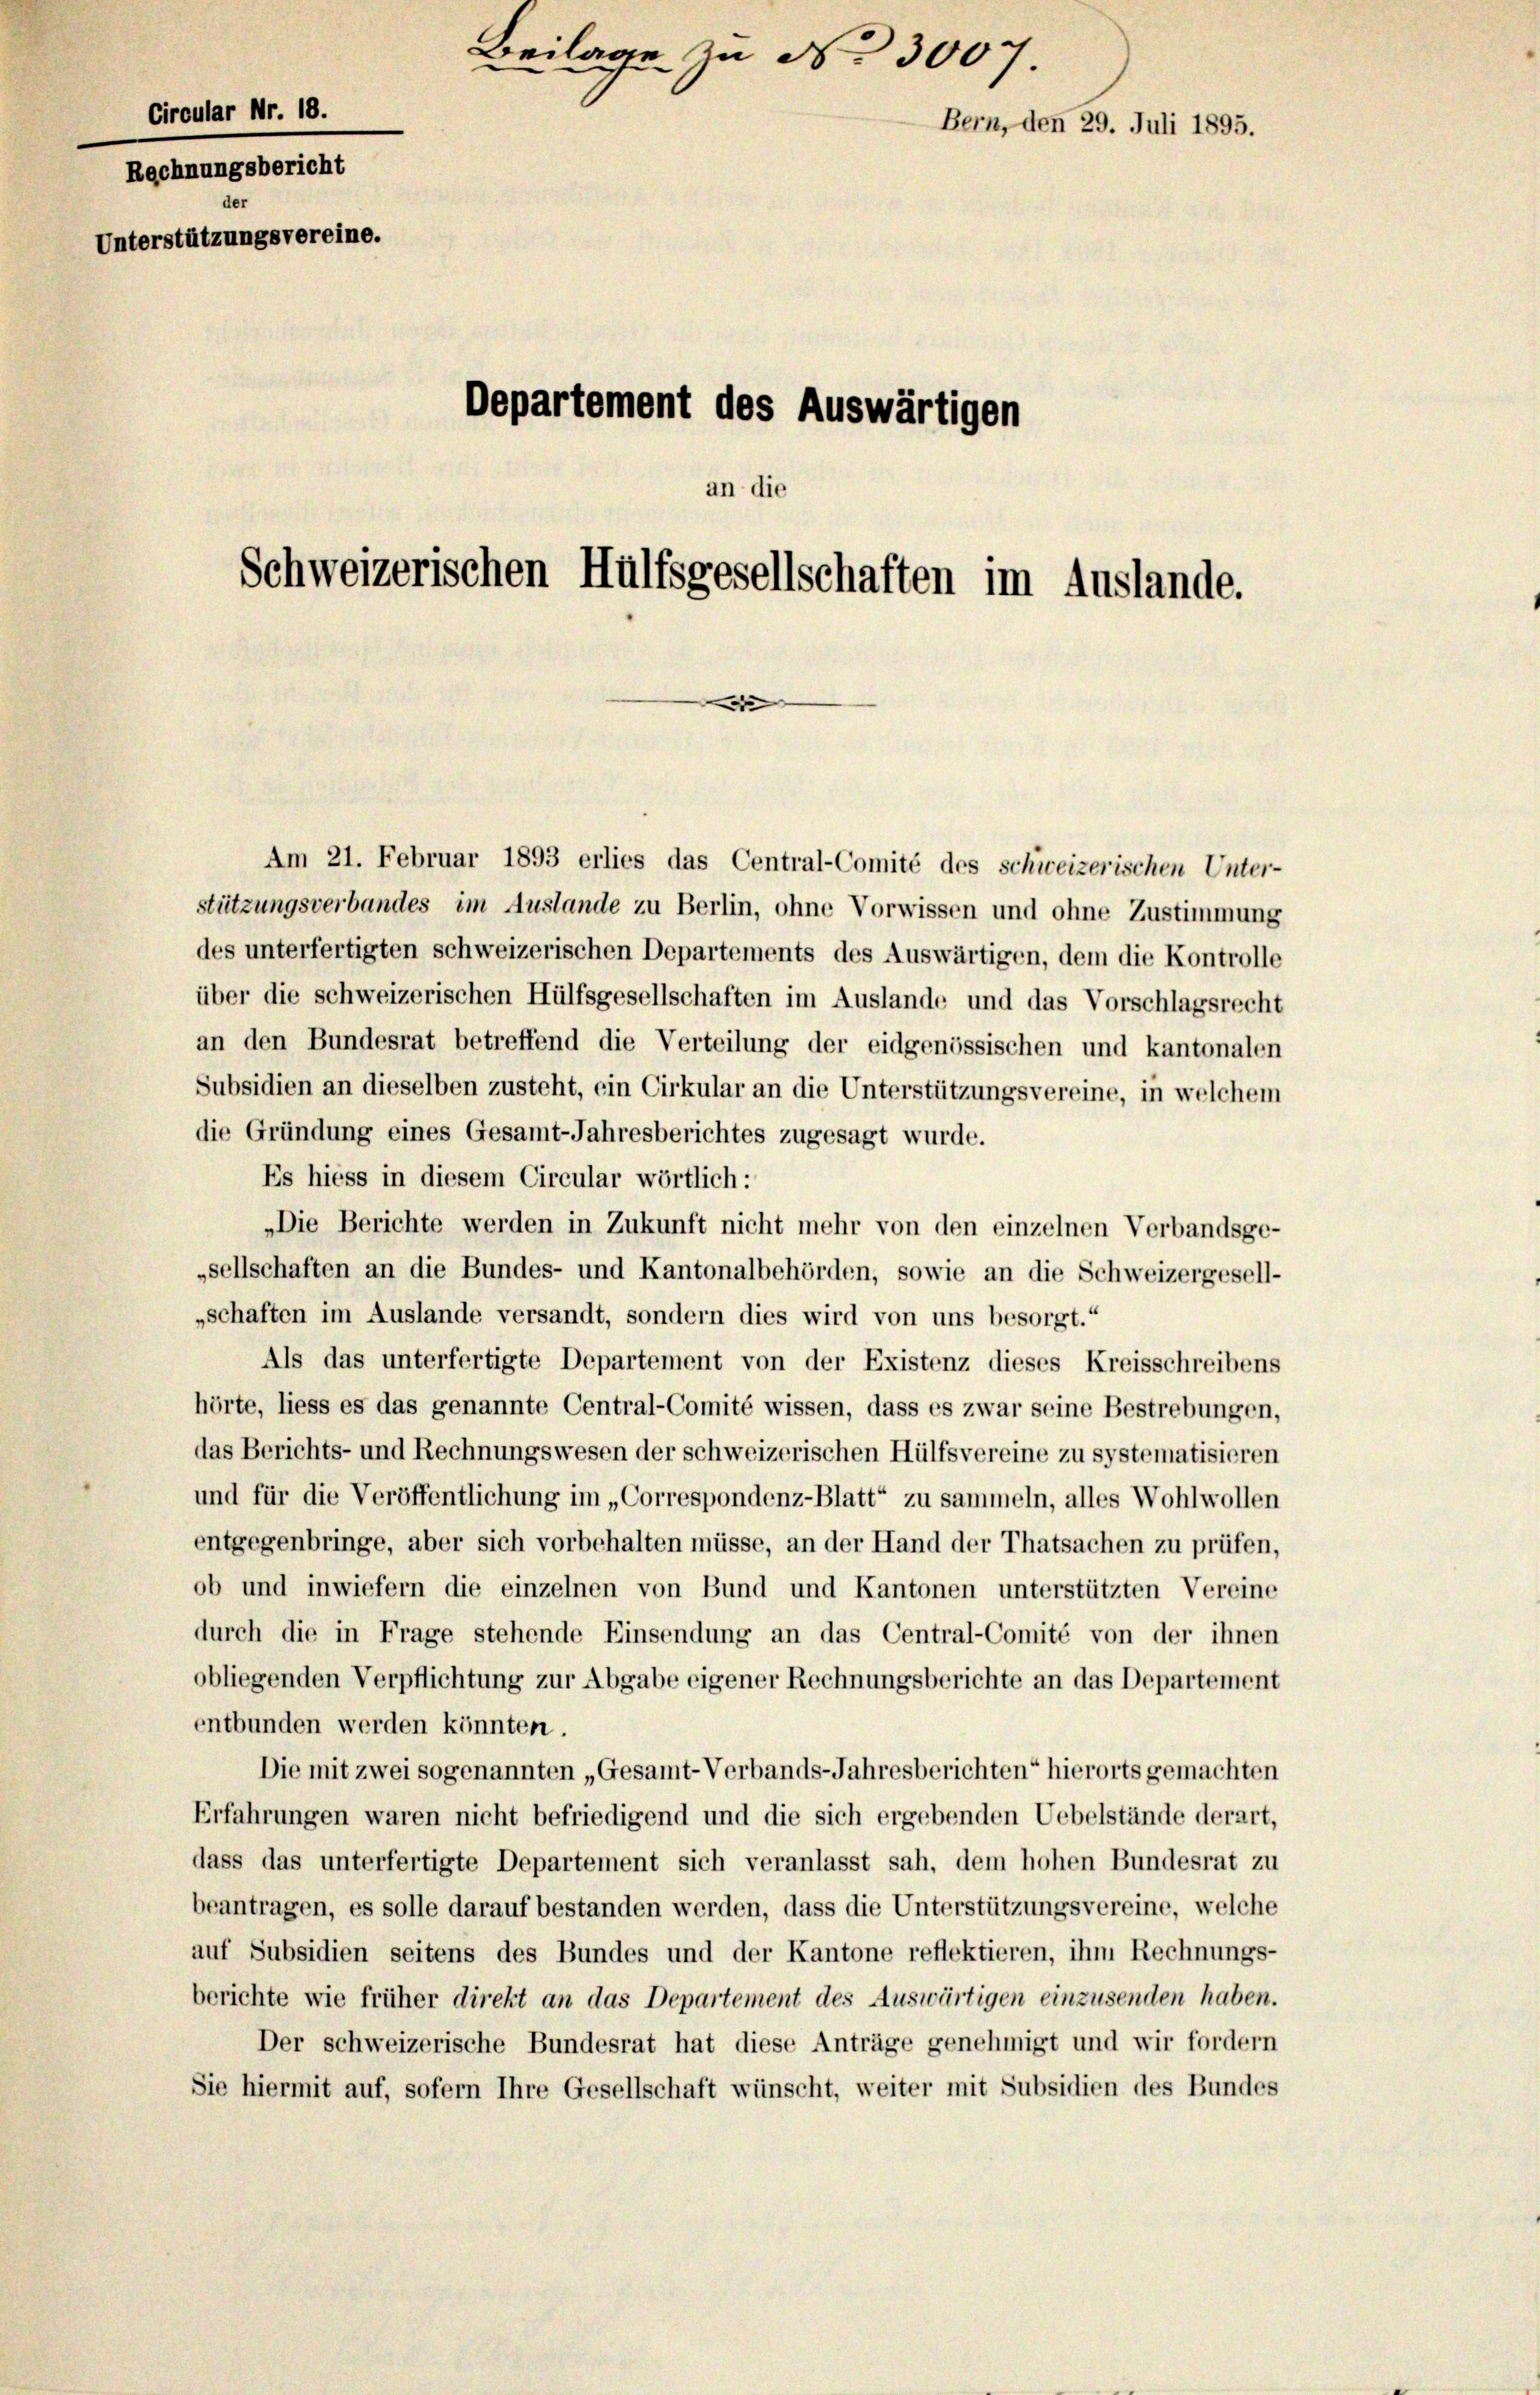
Circular Nr. 18.
Rechnungsbericht
de
Unterstützungsvereine.

Beilage zu No 3007.
Bern, den 29. Juli 1895.
Departement des Auswärtigen
an die
Schweizerischen Hülfsgesellschaften im Auslande.
d

Am 21. Februar 1893 erlies das Central-Comité des schweizerischen Unter-
stützungsverbandes im Auslande zu Berlin, ohne Vorwissen und ohne Zustimmung
des unterfertigten schweizerischen Departements des Auswärtigen, dem die Kontrolle
über die schweizerischen Hülfsgesellschaften im Auslande und das Vorschlagsrecht
an den Bundesrat betreffend die Verteilung der eidgenössischen und kantonalen
Subsidien an dieselben zusteht, ein Cirkular an die Unterstützungsvereine, in welchem
die Gründung eines Gesamt-Jahresberichtes zugesagt wurde.
Es hiess in diesem Circular wörtlich:
„Die Berichte werden in Zukunft nicht mehr von den einzelnen Verbandsge-
„sellschaften an die Bundes- und Kantonalbehörden, sowie an die Schweizergesell-
„schaften im Auslande versandt, sondern dies wird von uns besorgt.“
Als das unterfertigte Departement von der Existenz dieses Kreisschreibens
hörte, liess es das genannte Central-Comité wissen, dass es zwar seine Bestrebungen,
das Berichts- und Rechnungswesen der schweizerischen Hülfsvereine zu systematisieren
und für die Veröffentlichung im „Correspondenz-Blatt“ zu sammeln, alles Wohlwollen
entgegenbringe, aber sich vorbehalten müsse, an der Hand der Thatsachen zu prüfen,
ob und inwiefern die einzelnen von Bund und Kantonen unterstützten Vereine
durch die in Frage stehende Einsendung an das Central-Comité von der ihnen
obliegenden Verpflichtung zur Abgabe eigener Rechnungsberichte an das Departement
entbunden werden könnten.
Die mit zwei sogenannten „Gesamt-Verbands-Jahresberichten“ hierorts gemachten
Erfahrungen waren nicht befriedigend und die sich ergebenden Uebelstände derart,
dass das unterfertigte Departement sich veranlasst sah, dem hohen Bundesrat zu
beantragen, es solle darauf bestanden werden, dass die Unterstützungsvereine, welche
auf Subsidien seitens des Bundes und der Kantone reflektieren, ihm Rechnungs-
berichte wie früher direkt an das Departement des Auswärtigen einzusenden haben.
Der schweizerische Bundesrat hat diese Anträge genehmigt und wir fordern
Sie hiermit auf, sofern Ihre Gesellschaft wünscht, weiter mit Subsidien des Bundes